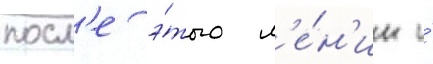
посл'е э́того л'е́н'ин и́